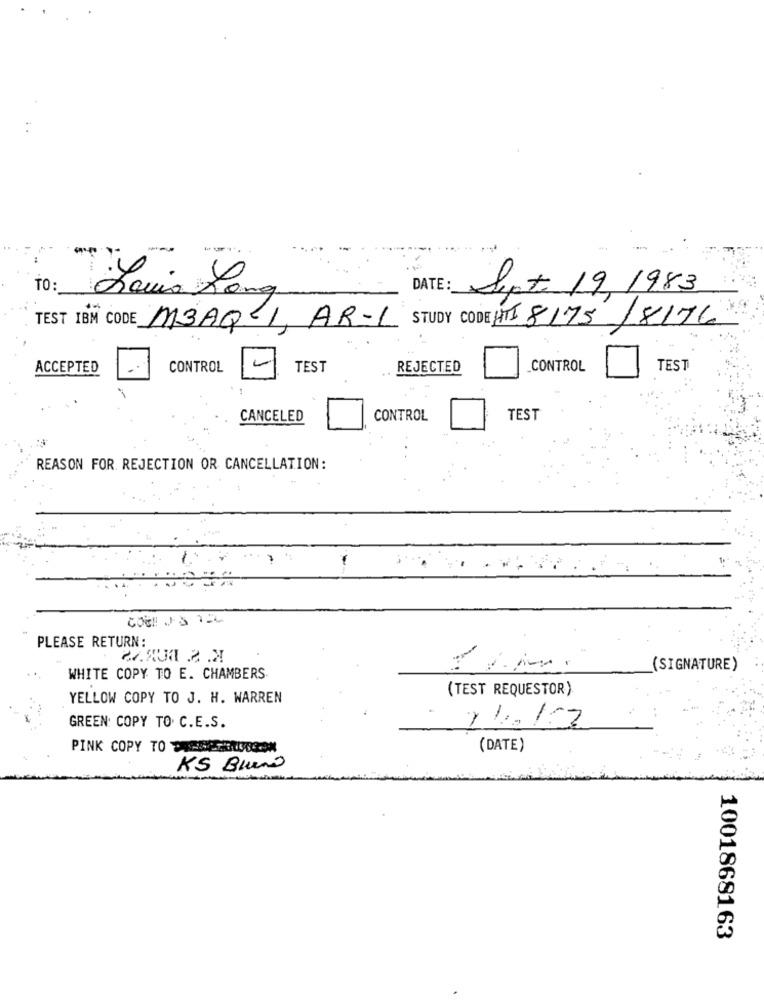
--
TO:
Louis Long
50m
DATE:
Sept 19, 1983
STUDY CODE HII 8175/8176
TEST IBM CODE M3AQ I, AR-L
ACCEPTED
CONTROL
TEST
REJECTED
CONTROL
TEST
CANCELED
CONTROL
TEST
REASON FOR REJECTION OR CANCELLATION:
PLEASE RETURN :
(SIGNATURE)
WHITE COPY TO E. CHAMBERS
(TEST REQUESTOR)
YELLOW COPY TO J. H. WARREN
-
GREEN: COPY TO. C.E.S.
PINK COPY TO ESCLUSE.ON
(DATE)
KS Bueno
1001868163